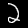
Digit: 2